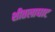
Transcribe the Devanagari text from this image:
शीतलाघाट